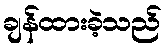
ချန်ထားခဲ့သည်